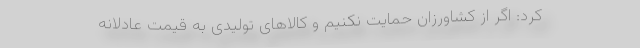
کرد: اگر از کشاورزان حمایت نکنیم و کالاهای تولیدی به قیمت عادلانه